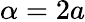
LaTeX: \alpha=2a